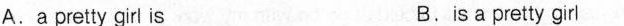
A.a pretty girl is B.is a pretty girl